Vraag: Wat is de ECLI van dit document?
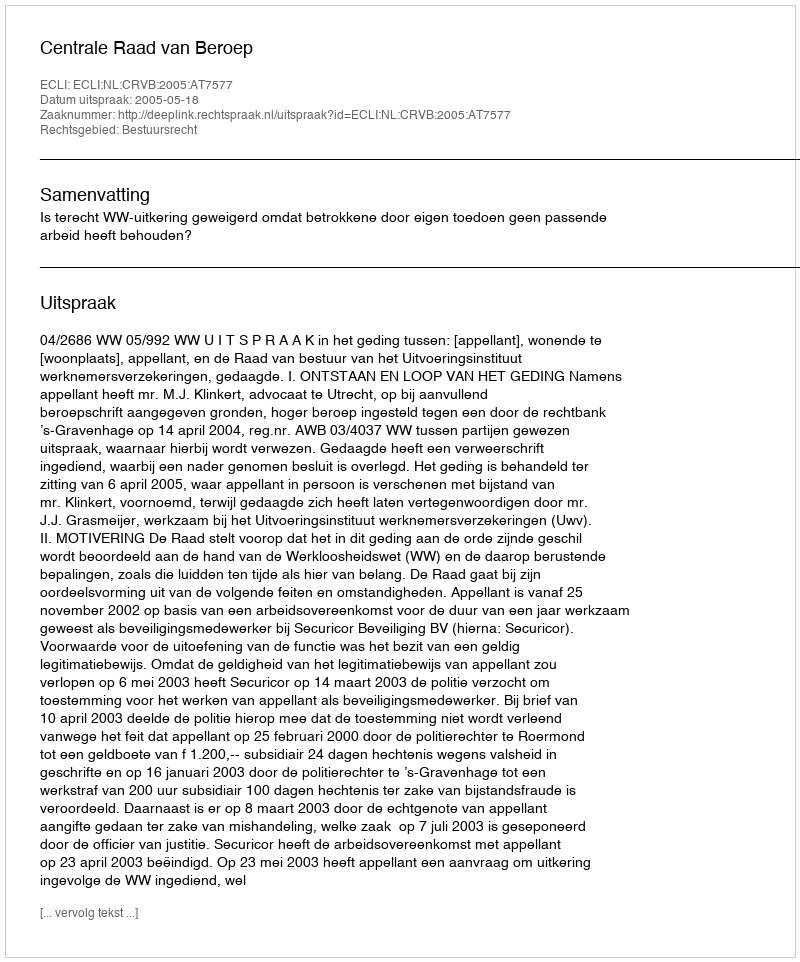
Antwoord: ECLI:NL:CRVB:2005:AT7577